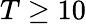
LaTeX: T\geq 10